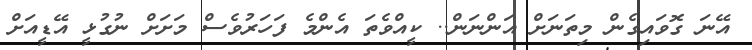
އޭނަ ގޮވައިގެން މިތަނަށް އަންނަން.. ކީއްވެތަ އެންމެ ފަހަރުވެސް މަށަށް ނުގުޅީ އޭޑީއަށް